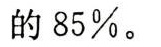
的85%。